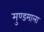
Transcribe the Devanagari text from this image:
मुण्डमाला